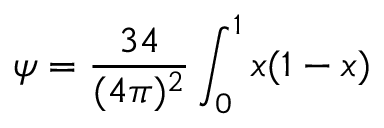
\psi = \frac { 3 4 } { ( 4 \pi ) ^ { 2 } } \int _ { 0 } ^ { 1 } x ( 1 - x )